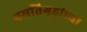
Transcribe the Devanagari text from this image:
वसतिगृहांच्या